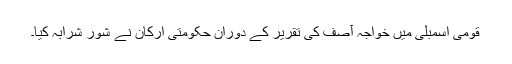
قومی اسمبلی میں خواجہ آصف کی تقریر کے دوران حکومتی ارکان نے شور شرابہ کیا۔